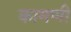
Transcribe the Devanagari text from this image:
कामणी